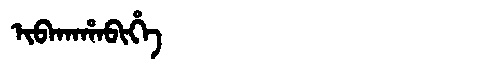
Manchu: ᡳᠪᠠᡴᠠᡥᠠᠪᡳᡥᡝ
Romanization: IBAKAHABIHE